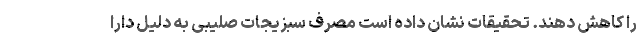
را کاهش دهند. تحقیقات نشان داده است مصرف سبزیجات صلیبی به دلیل دارا